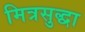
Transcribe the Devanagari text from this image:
मित्रसुद्धा